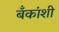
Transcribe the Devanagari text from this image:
बँकांशी